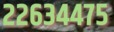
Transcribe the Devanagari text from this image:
२२६३४४७५